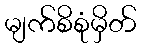
မျက်စိစုံမှိတ်